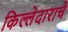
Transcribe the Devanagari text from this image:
किल्लेदाराचे